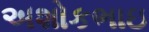
અશોકભાઇ